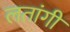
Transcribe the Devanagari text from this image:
लतांगी